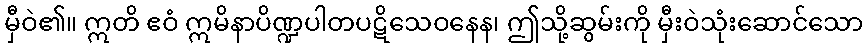
မှီဝဲ၏။ ဣတိ ဧဝံ ဣမိနာပိဏ္ဍပါတပဋိသေဝနေန၊ ဤသို့ဆွမ်းကို မှီးဝဲသုံးဆောင်သော